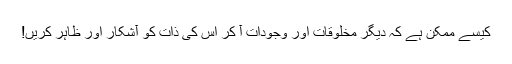
کیسے ممکن ہے کہ دیگر مخلوقات اور وجودات آ کر اس کی ذات کو آشکار اور ظاہر کریں!